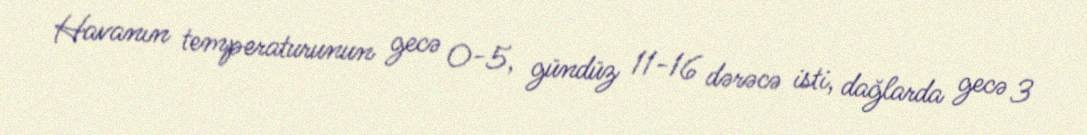
Havanın temperaturunun gecə 0-5, gündüz 11-16 dərəcə isti, dağlarda gecə 3